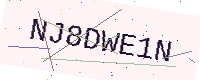
Text: NJ8DWE1N